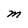
Character: M